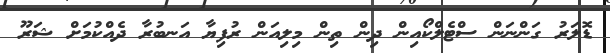
ޑޮލަރު ގަންނަން ސްޓެލްކޯއިން ދިން ތިން މިލިއަން ރުފިޔާ އަނބުރާ ދެއްކުމަށް ޝަރޫ